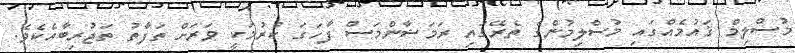
މުސްލިމް ޤައުމެއްގައި މުސްލިމުންގެ ތެރޭގައި ރަމަޟާންމަސް ފާހަގަ ކުރުމަކީ ވަރަށް ތަފާތު ތަޖުރިބާއެކެވެ.